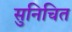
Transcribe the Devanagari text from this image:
सुनिचित